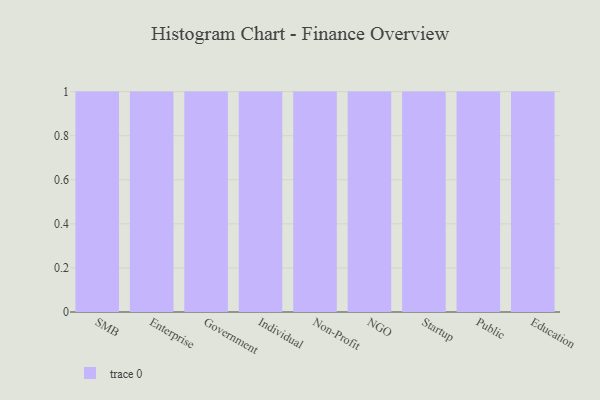
{"axis": {"x": "Segment", "y": "Conversion Rate (%)"}, "legend": [""], "data": [{"x": "SMB", "y": 6, "type": ""}, {"x": "Enterprise", "y": 99, "type": ""}, {"x": "Government", "y": 48, "type": ""}, {"x": "Individual", "y": 61, "type": ""}, {"x": "Non-Profit", "y": 57, "type": ""}, {"x": "NGO", "y": 34, "type": ""}, {"x": "Startup", "y": 54, "type": ""}, {"x": "Public", "y": 13, "type": ""}, {"x": "Education", "y": 25, "type": ""}]}